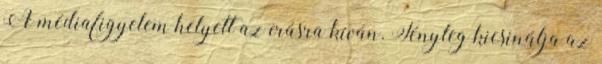
A médiafigyelem helyett az írásra kíván. Tényleg kicsinálja az